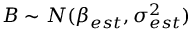
B \sim N ( \beta _ { e s t } , \sigma _ { e s t } ^ { 2 } )